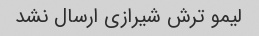
لیمو ترش شیرازی ارسال نشد